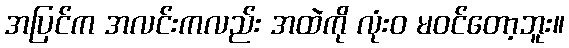
အပြင်က အလင်းကလည်း အထဲကို လုံးဝ မဝင်တော့ဘူး။